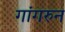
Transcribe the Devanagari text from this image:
गांगरुन